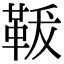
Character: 𩊤